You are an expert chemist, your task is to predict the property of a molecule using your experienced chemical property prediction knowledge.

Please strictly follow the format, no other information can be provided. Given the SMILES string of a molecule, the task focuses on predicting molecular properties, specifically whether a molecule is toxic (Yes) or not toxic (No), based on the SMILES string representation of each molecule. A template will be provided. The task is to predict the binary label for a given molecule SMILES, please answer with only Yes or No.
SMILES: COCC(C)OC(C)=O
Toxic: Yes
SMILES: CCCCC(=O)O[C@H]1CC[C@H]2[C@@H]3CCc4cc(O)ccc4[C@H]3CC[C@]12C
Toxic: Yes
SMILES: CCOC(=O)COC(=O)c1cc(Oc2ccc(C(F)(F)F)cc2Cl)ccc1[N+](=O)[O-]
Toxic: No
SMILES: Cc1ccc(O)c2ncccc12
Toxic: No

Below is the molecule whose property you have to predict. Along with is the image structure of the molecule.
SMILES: O=C(O)c1cccc(C[C@@H]2COc3ccc(OCc4nc5cc(F)ccc5s4)cc3[C@@H]2O)c1
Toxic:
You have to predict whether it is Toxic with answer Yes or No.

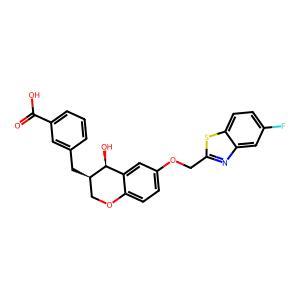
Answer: No